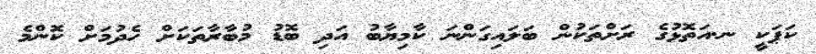
ކަޕަކީ ނ.އަތޮޅުގެ ރަށްތަކުން ބަލައިގަންނަ ކާމިޔާބު އަދި ބޮޑު މުބާރާތަކަށް ހެދުމަށް ކޮންމެ